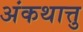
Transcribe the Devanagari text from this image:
अंकथात्तु